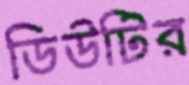
ডিউটির